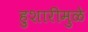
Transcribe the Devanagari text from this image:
हुशारीमुळे